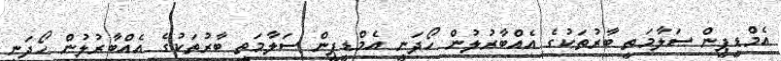
އެމްޑީޕީން ސަލާމަތީ ބާރުތަކުގެ އެއްބާރުލުން ހޯދަނީ އެމްޑީޕީން ސަލާމަތީ ބާރުތަކުގެ އެއްބާރުލުން ހޯދަނީ